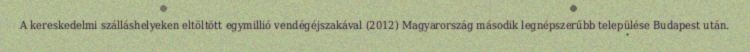
A kereskedelmi szálláshelyeken eltöltött egymillió vendégéjszakával (2012) Magyarország második legnépszerűbb települése Budapest után.